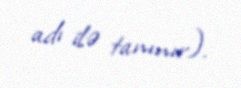
adı ilə tanınır).